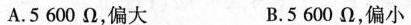
A.5600Ω，偏大 B.5600Ω，偏小